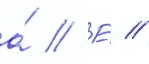
а́ // Е́ //